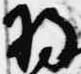
将